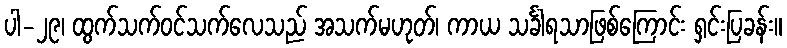
ပါ-၂၉၊ ထွက်သက်ဝင်သက်လေသည် အသက်မဟုတ်၊ ကာယ သင်္ခါရသာဖြစ်ကြောင်း ရှင်းပြခန်း။